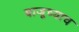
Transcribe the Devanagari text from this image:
बाजूच्याच